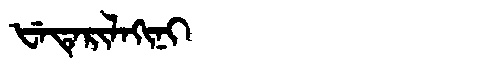
Manchu: ᡶᡝᡨᡝᡵᡳᠯᠠᡴᡳᠨᡳ
Romanization: FETERILAKINI